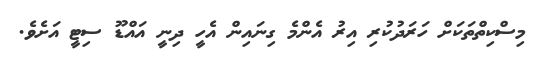
މިސްކިތްތަކަށް ހަރަދުކުރި އިރު އެންމެ ގިނައިން އެހީ ދިނީ އައްޑޫ ސިޓީ އަށެވެ.